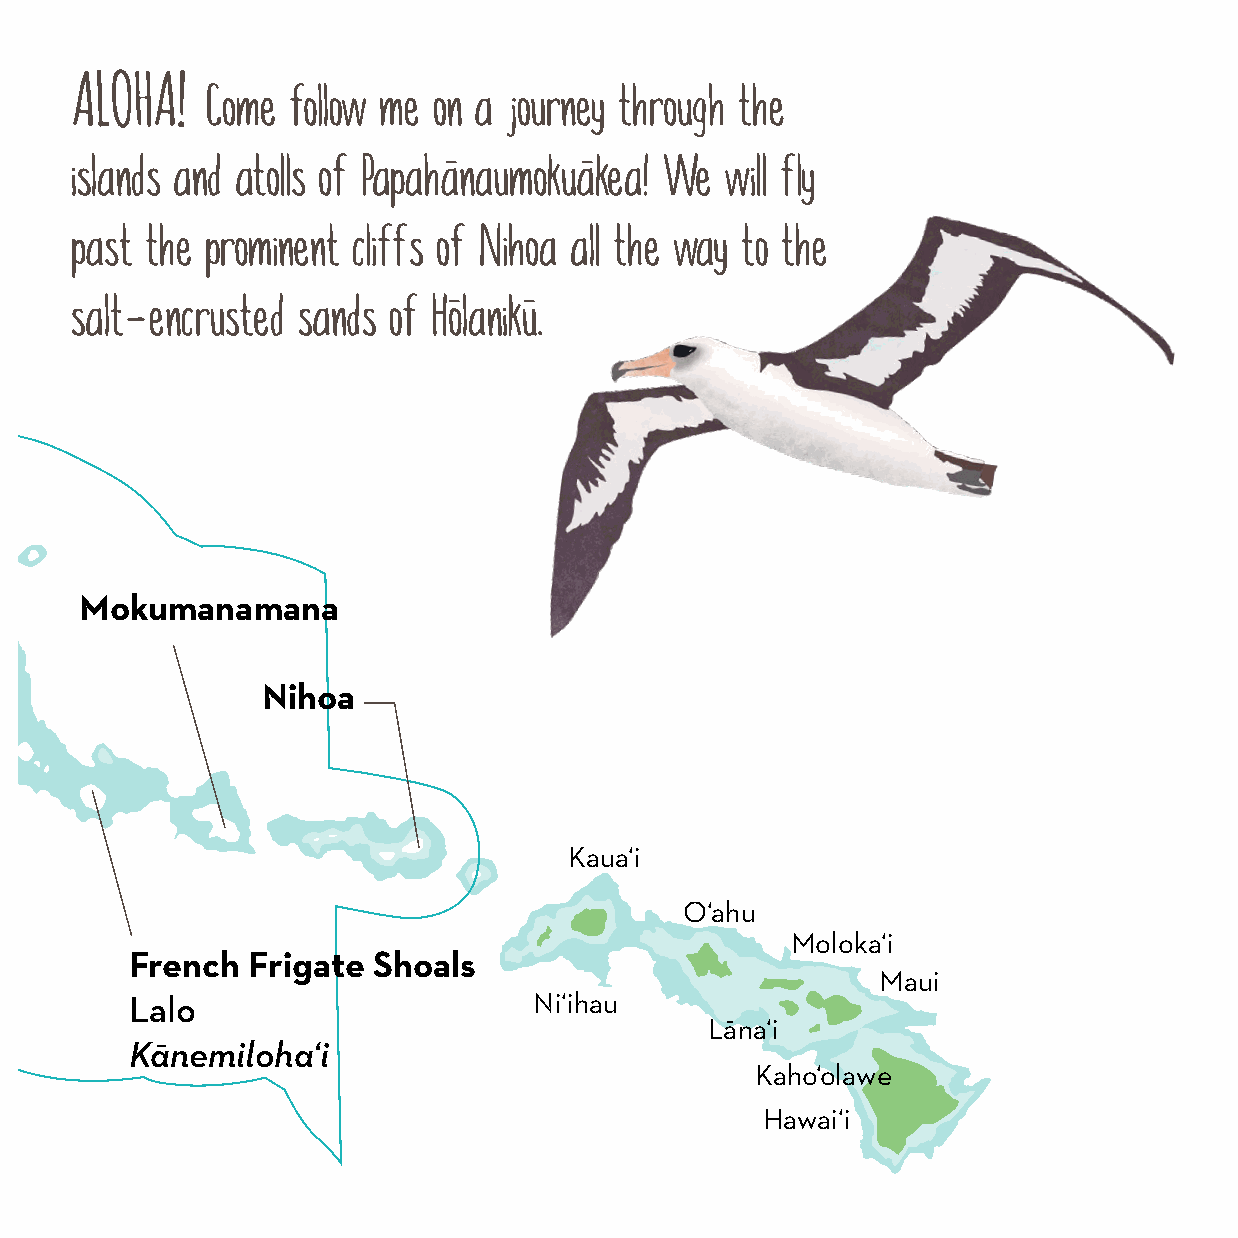
ALOHA!
 Come follow me on a journey through the
 Kure Atoll
 islands and atolls of Papaha−naumokua−kea! We will fly
 Hōlanikū
 Pearl & Hermes Atoll
 Mokupāpapa
 past the prominent cliffs of Nihoa all the way to the
 Manawai
 Holoikauaua                   −    −
 salt − encrusted sands of Holaniku.
 Laysan Island
 Kamole
 Kauō
 Gardner Pinnacles
 ‘Ōnūnui, ‘Ōnūiki
 Midway Atoll
 Pūhāhonu
 Kuaihelani
 Pihemanu Mokumanamana
 Nihoa
 Lisianski Island
 Kapou
 Papa‘āpoho Maro Reef
 Kamokuokamohoali‘i
 Kaua‘i
 Ko‘anako‘a
 O‘ahu
 Moloka‘i
 French Frigate  Shoals
 Maui
 Lalo                      Ni‘ihau
 N
 Lāna‘i
 Kānemiloha‘i
 Kaho‘olawe
 Hawai‘i